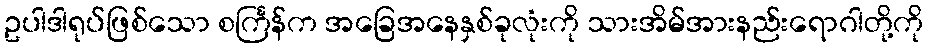
ဥပါဒါရုပ်ဖြစ်သော စင်္ကြန်က အခြေအနေနှစ်ခုလုံးကို သားအိမ်အားနည်းရောဂါတို့ကို